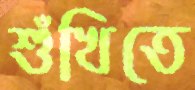
শুঁখিতে